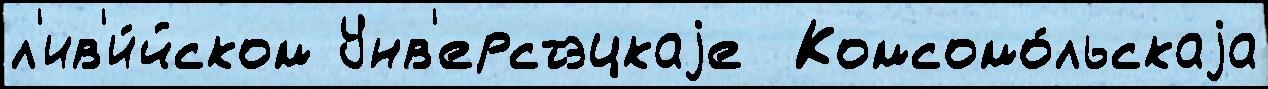
л'ив'и́йском Унв'ерстэцкаjе  Комсомо́льскаjа